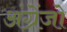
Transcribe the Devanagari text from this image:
अंग्रेंजो